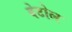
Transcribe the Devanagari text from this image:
बेटोल